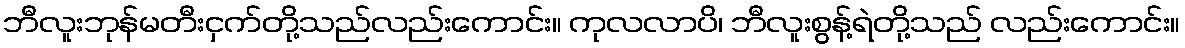
ဘီလူးဘုန်မတီးငှက်တို့သည်လည်းကောင်း။ ကုလလာပိ၊ ဘီလူးစွန့်ရဲတို့သည် လည်းကောင်း။